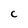
Character: C